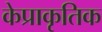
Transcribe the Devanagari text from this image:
केप्राकृतिक